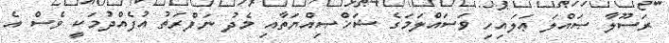
ރަސޫލާ ޞައްލަ ޢަލައިހި ވަސައްލަމަގެ ޝަޚްޞިއްޔަތާއި މެދު ނަފްރަތު އުފެއްދުމަކީ ވެސް އެ